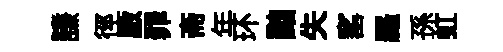
謙徑厫罪斋年环黜失窰羅孫虹